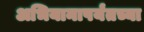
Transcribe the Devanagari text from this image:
अभियानापर्यंतच्या